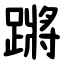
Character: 蹡